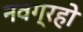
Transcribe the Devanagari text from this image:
नवग्रहो